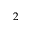
2